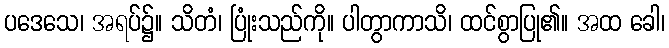
ပဒေသေ၊ အရပ်၌။ သိတံ၊ ပြုံးသည်ကို။ ပါတွာကာသိ၊ ထင်စွာပြု၏။ အထ ခေါ၊